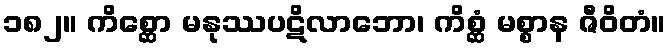
၁၈၂။ ကိစ္ဆော မနုဿပဋိလာဘော၊ ကိစ္ဆံ မစ္စာန ဇီဝိတံ။